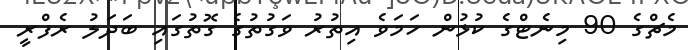
މެޗްގެ 90 މިނެޓްގެ ކުޅުން ހަމަވެ އިތުރު ވަގުތުގެ ގޮތުގައި ބަދަލު ރެފްރީ